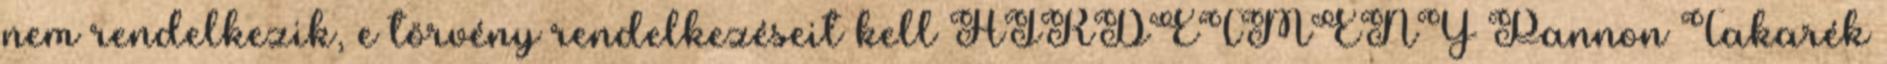
nem rendelkezik, e törvény rendelkezéseit kell HIRDETMÉNY Pannon Takarék